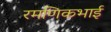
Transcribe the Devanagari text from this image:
रमणिकभाई